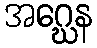
အဂ္ဃေန